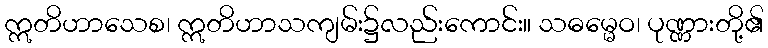
ဣတိဟာသေစ၊ ဣတိဟာသကျမ်း၌လည်းကောင်း။ သဓမ္မေဝ၊ ပုဏ္ဏားတို့၏